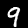
Digit: 9